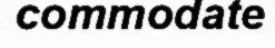
commodate